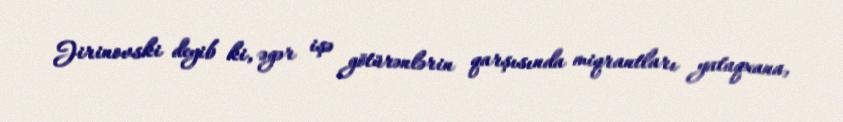
Jirinovski deyib ki, əgər işə götürənlərin qarşısında miqrantları yataqxana,